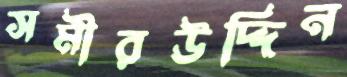
সমীরউদ্দিন